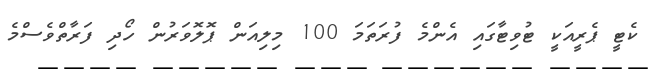
ކެޓީ ޕެރީއަކީ ޓުވިޓާގައި އެންމެ ފުރަތަމަ 100 މިލިއަން ޕޮލޮވަރުން ހޯދި ފަރާތްވެސްމެ